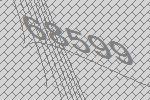
68599